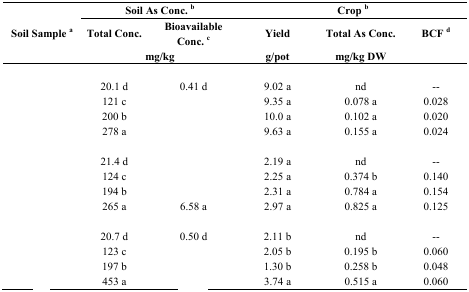
<table><thead><tr><td rowspan="3"><b>Soil Sample <sup>a</sup></b></td><td colspan="2"><b>Soil As Conc. <sup>b</sup></b></td><td colspan="3"><b>Crop <sup>b</sup></b></td></tr><tr><td><b>Total Conc.</b></td><td><b>Bioavailable Conc. <sup>c</sup></b></td><td><b>Yield</b></td><td><b>Total As Conc.</b></td><td><b>BCF <sup>d</sup></b></td></tr><tr><td colspan="2"><b>mg/kg</b></td><td><b>g/pot</b></td><td><b>mg/kg DW</b></td><td>[EMPTY_CELL]</td></tr></thead><tbody><tr><td colspan="6">[EMPTY_CELL]</td></tr><tr><td>[EMPTY_CELL]</td><td>20.1 d</td><td>0.41 d</td><td>9.02 a</td><td>nd</td><td>--</td></tr><tr><td>[EMPTY_CELL]</td><td>121 c</td><td>[EMPTY_CELL]</td><td>9.35 a</td><td>0.078 a</td><td>0.028</td></tr><tr><td>[EMPTY_CELL]</td><td>200 b</td><td>[EMPTY_CELL]</td><td>10.0 a</td><td>0.102 a</td><td>0.020</td></tr><tr><td>[EMPTY_CELL]</td><td>278 a</td><td>[EMPTY_CELL]</td><td>9.63 a</td><td>0.155 a</td><td>0.024</td></tr><tr><td colspan="6">[EMPTY_CELL]</td></tr><tr><td>[EMPTY_CELL]</td><td>21.4 d</td><td>[EMPTY_CELL]</td><td>2.19 a</td><td>nd</td><td>--</td></tr><tr><td>[EMPTY_CELL]</td><td>124 c</td><td>[EMPTY_CELL]</td><td>2.25 a</td><td>0.374 b</td><td>0.140</td></tr><tr><td>[EMPTY_CELL]</td><td>194 b</td><td>[EMPTY_CELL]</td><td>2.31 a</td><td>0.784 a</td><td>0.154</td></tr><tr><td>[EMPTY_CELL]</td><td>265 a</td><td>6.58 a</td><td>2.97 a</td><td>0.825 a</td><td>0.125</td></tr><tr><td colspan="6">[EMPTY_CELL]</td></tr><tr><td>[EMPTY_CELL]</td><td>20.7 d</td><td>0.50 d</td><td>2.11 b</td><td>nd</td><td>--</td></tr><tr><td>[EMPTY_CELL]</td><td>123 c</td><td>[EMPTY_CELL]</td><td>2.05 b</td><td>0.195 b</td><td>0.060</td></tr><tr><td>[EMPTY_CELL]</td><td>197 b</td><td>[EMPTY_CELL]</td><td>1.30 b</td><td>0.258 b</td><td>0.048</td></tr><tr><td>[EMPTY_CELL]</td><td>453 a</td><td>[EMPTY_CELL]</td><td>3.74 a</td><td>0.515 a</td><td>0.060</td></tr></tbody></table>